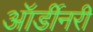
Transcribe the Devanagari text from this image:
ऑर्डीनरी